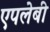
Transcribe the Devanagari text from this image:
एपलेबी